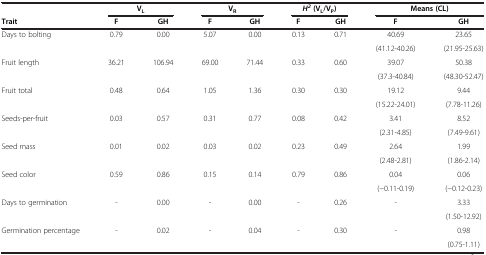
|  | <COLSPAN=2> VL | <COLSPAN=2> VR | <COLSPAN=2> H2 (VL/VP) | <COLSPAN=2> Means (CL) |
 | Trait | F | GH | F | GH | F | GH | F | GH |
 | --- | --- | --- | --- | --- | --- | --- | --- | --- |
 | Days to bolting | 0.79 | 0.00 | 5.07 | 0.00 | 0.13 | 0.71 | 40.69 | 23.65 |
 |  |  |  |  |  |  |  | (41.12-40.26) | (21.95-25.63) |
 | Fruit length | 36.21 | 106.94 | 69.00 | 71.44 | 0.33 | 0.60 | 39.07 | 50.38 |
 |  |  |  |  |  |  |  | (37.3-40.84) | (48.30-52.47) |
 | Fruit total | 0.48 | 0.64 | 1.05 | 1.36 | 0.30 | 0.30 | 19.12 | 9.44 |
 |  |  |  |  |  |  |  | (15.22-24.01) | (7.78-11.26) |
 | Seeds-per-fruit | 0.03 | 0.57 | 0.31 | 0.77 | 0.08 | 0.42 | 3.41 | 8.52 |
 |  |  |  |  |  |  |  | (2.31-4.85) | (7.49-9.61) |
 | Seed mass | 0.01 | 0.02 | 0.03 | 0.02 | 0.23 | 0.49 | 2.64 | 1.99 |
 |  |  |  |  |  |  |  | (2.48-2.81) | (1.86-2.14) |
 | Seed color | 0.59 | 0.86 | 0.15 | 0.14 | 0.79 | 0.86 | 0.04 | 0.06 |
 |  |  |  |  |  |  |  | (-0.11-0.19) | (-0.12-0.23) |
 | Days to germination | - | 0.00 | - | 0.00 | - | 0.26 | - | 3.33 |
 |  |  |  |  |  |  |  |  | (1.50-12.92) |
 | Germination percentage | - | 0.02 | - | 0.04 | - | 0.30 | - | 0.98 |
 |  |  |  |  |  |  |  |  | (0.75-1.11) |